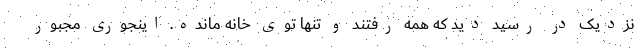
نزدیک در رسید دید که همه رفتند و تنها توی خانه مانده. اینجوری مجبور